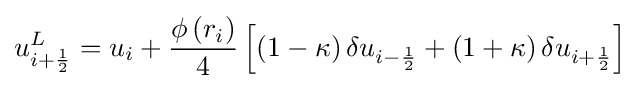
u_{i+{\frac {1}{2}}}^{L}=u_{i}+{\frac {\phi \left(r_{i}\right)}{4}}\left[\left(1-\kappa \right)\delta u_{i-{\frac {1}{2}}}+\left(1+\kappa \right)\delta u_{i+{\frac {1}{2}}}\right]